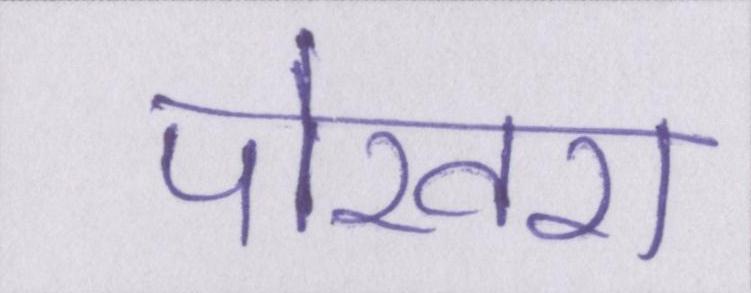
पोखरा